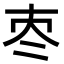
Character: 𡗭